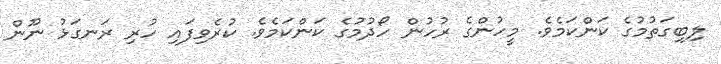
ލިބިގަތުމުގެ ކަންކަމެވެ. މީހުންގެ ރުހުން ހޯދުމުގެ ކަންކަމެވެ. ކުރެވިފައި ހުރި ރަނގަޅު ނޫން